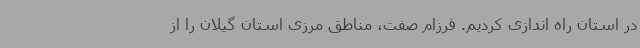
در استان راه اندازی کردیم. فرزام صفت، مناطق مرزی استان گیلان را از